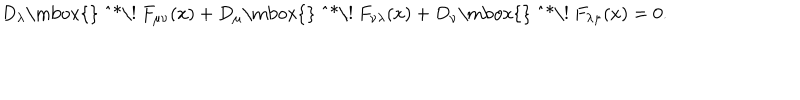
LaTeX: D _ { \lambda } \mathrm { \mathrm { } ~ ^ { * } \! ~ } F _ { \mu \nu } ( x ) + D _ { \mu } \mathrm { \mathrm { } ~ ^ { * } \! ~ } F _ { \nu \lambda } ( x ) + D _ { \nu } \mathrm { \mathrm { } ~ ^ { * } \! ~ } F _ { \lambda \mu } ( x ) = 0 .